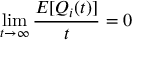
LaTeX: \operatorname* { l i m } _ { t \rightarrow \infty } { \frac { E [ Q _ { i } ( t ) ] } { t } } = 0